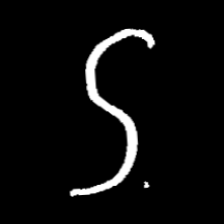
Pyu character \u2014 Myanmar letter: ဌ (romanized: ttha)